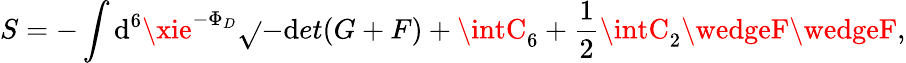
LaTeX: S=-\int\mathrm{d}^{6}\xie^{-\Phi_{D}}\sqrt{}{{-\mathrm{d}et(G+F)}}+\intC_{6}+{\frac{{1}}{{2}}}\intC_{2}\wedgeF\wedgeF,